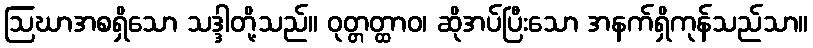
ဩဃာအစရှိသော သဒ္ဒါတို့သည်။ ဝုတ္တတ္ထာဝ၊ ဆိုအပ်ပြီးသော အနက်ရှိကုန်သည်သာ။